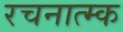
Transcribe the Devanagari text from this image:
रचनात्म्क